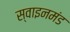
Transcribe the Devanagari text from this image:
स्वाइनमंड